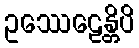
ဥဿေဠေန္တိပိ